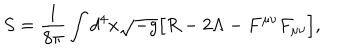
S = \frac { 1 } { 8 \pi } \int d ^ { 4 } x \sqrt { - g } { \bigl [ } R - 2 \Lambda - F ^ { \mu \nu } F _ { \mu \nu } { \bigr ] } ,